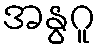
အနွဂူ